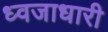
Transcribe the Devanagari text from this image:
ध्वजाधारी